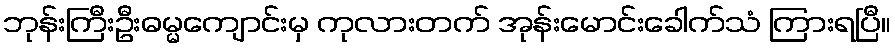
ဘုန်းကြီးဦးဓမ္မကျောင်းမှ ကုလားတက် အုန်းမောင်းခေါက်သံ ကြားရပြီ။